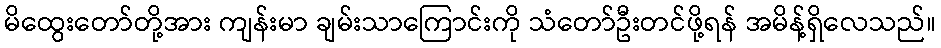
မိထွေးတော်တို့အား ကျန်းမာ ချမ်းသာကြောင်းကို သံတော်ဦးတင်ဖို့ရန် အမိန့်ရှိလေသည်။